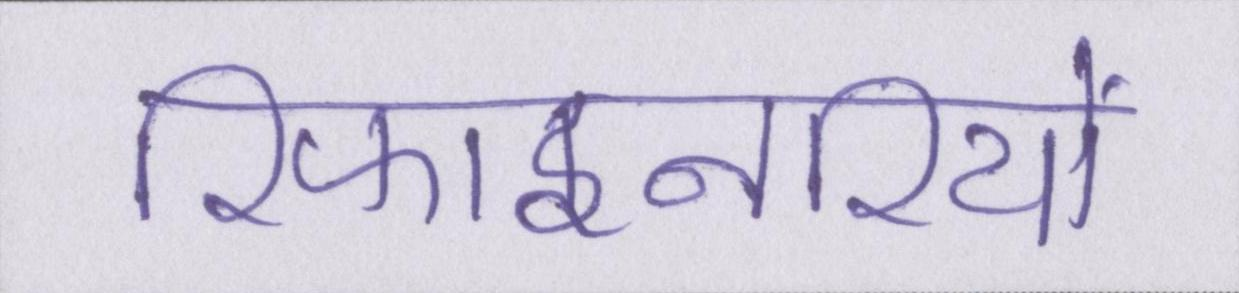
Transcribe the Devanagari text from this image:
रिफाइनरियों